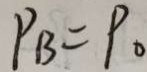
P _ { B } = P _ { 0 }